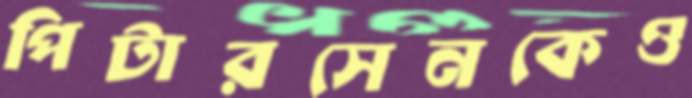
পিটারসেনকেও